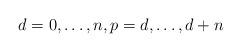
LaTeX: \begin{align*}d=0, \dots ,n, p=d, \dots , d+n \end{align*}